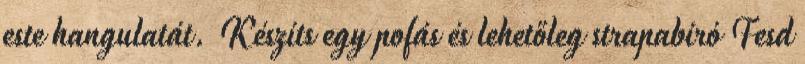
este hangulatát. Készíts egy pofás és lehetőleg strapabíró Fesd